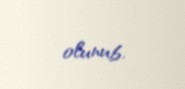
olunub.